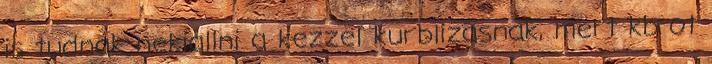
is tudnak nekiallni a kezzel kurblizasnak, mert kb ot